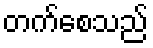
တက်စေသည်